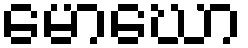
မောဃော